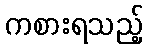
ကစားရသည့်